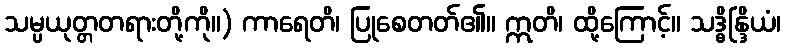
သမ္ပယုတ္တတရားတို့ကို။) ကာရေတိ၊ ပြုစေတတ်၏။ ဣတိ၊ ထို့ကြောင့်။ သဒ္ဓိန္ဒြိယံ၊